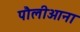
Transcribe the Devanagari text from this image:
पौलीआना